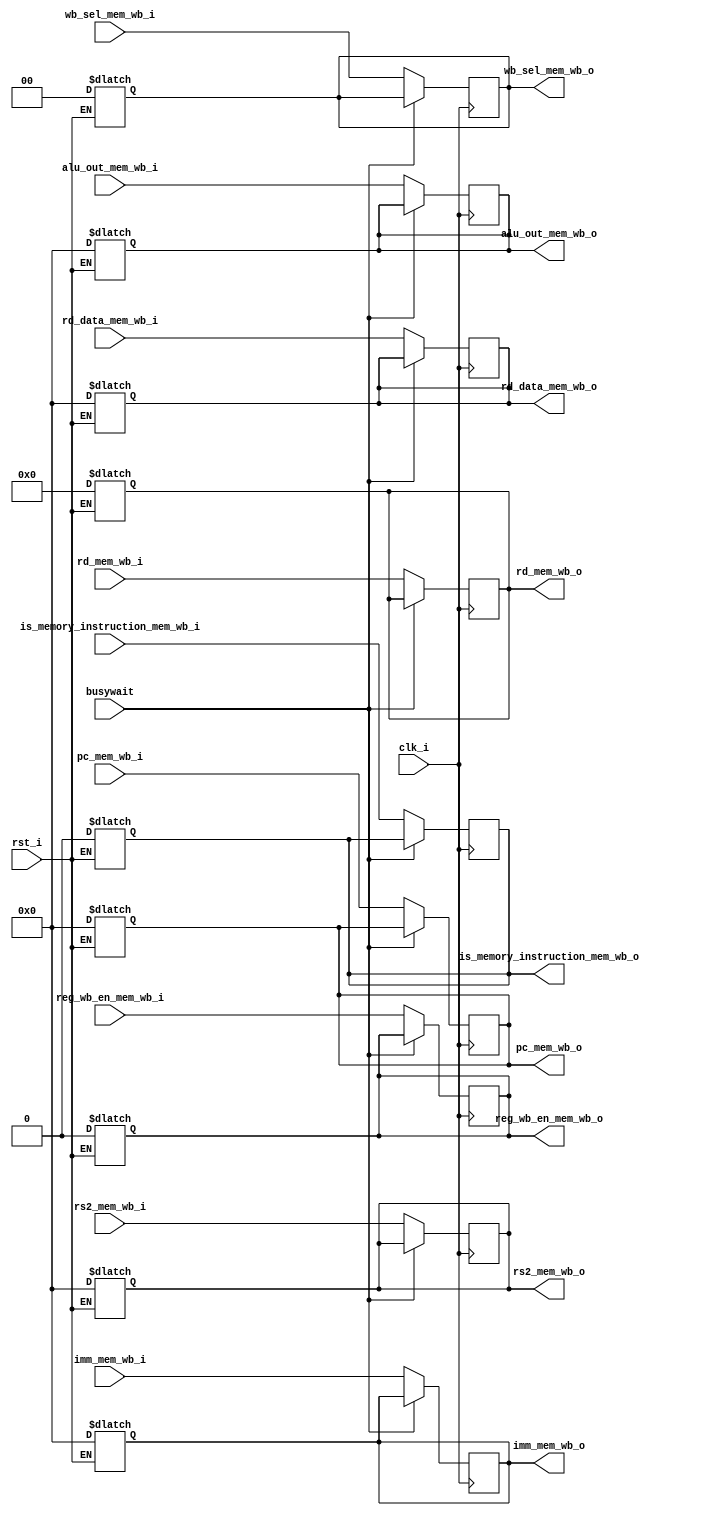
`timescale 1ns / 1ps
//////////////////////////////////////////////////////////////////////////////////
// Company: 
// Engineer: 
// 
// Design Name: 
// Module Name: mem_wb_stage_reg
// Project Name: 
// Target Devices: 
// Tool Versions: 
// Description: 
// 
// Dependencies: 
// 
// Revision:
// Revision 0.01 - File Created
// Additional Comments:
// 
//////////////////////////////////////////////////////////////////////////////////


module mem_wb_stage_reg(
    input clk_i,
    input rst_i,
    input busywait,
    
    input reg_wb_en_mem_wb_i,
    input [4:0] rd_mem_wb_i,
    input [31:0] rd_data_mem_wb_i,
    input [31:0] alu_out_mem_wb_i,
    input [1:0] wb_sel_mem_wb_i,
    input [31:0] imm_mem_wb_i,
    input [31:0] pc_mem_wb_i,
    input is_memory_instruction_mem_wb_i,
    input [31:0] rs2_mem_wb_i,
    
    output reg reg_wb_en_mem_wb_o,//write enable ucu
    output reg [4:0] rd_mem_wb_o,
    output reg [31:0] rd_data_mem_wb_o,
    output reg [31:0] alu_out_mem_wb_o,
    output reg [1:0] wb_sel_mem_wb_o,
    output reg [31:0] imm_mem_wb_o,
    output reg [31:0] pc_mem_wb_o,
    output reg is_memory_instruction_mem_wb_o,
    output reg [31:0] rs2_mem_wb_o

    );// rd yazmacin numaras
    
    
    always @(*)begin
    #0.1; 
        if(rst_i) begin
            reg_wb_en_mem_wb_o = 0;
            rd_mem_wb_o = 5'd0;
            rd_data_mem_wb_o = 32'd0;
            alu_out_mem_wb_o = 32'd0;
            wb_sel_mem_wb_o = 2'd0;
            imm_mem_wb_o = 32'd0;
            pc_mem_wb_o = 32'd0;
            is_memory_instruction_mem_wb_o = 0;
            rs2_mem_wb_o = 32'b0;
        end
    end
    
    always @(posedge clk_i)begin
    #0;     if(!busywait) begin
            reg_wb_en_mem_wb_o <= reg_wb_en_mem_wb_i;
            rd_mem_wb_o <= rd_mem_wb_i;
            rd_data_mem_wb_o <= rd_data_mem_wb_i;
            alu_out_mem_wb_o <=  alu_out_mem_wb_i;
            wb_sel_mem_wb_o <= wb_sel_mem_wb_i;
            imm_mem_wb_o <= imm_mem_wb_i;
            pc_mem_wb_o <= pc_mem_wb_i;
            is_memory_instruction_mem_wb_o <= is_memory_instruction_mem_wb_i;
            rs2_mem_wb_o <= rs2_mem_wb_i;
            end
    end
endmodule